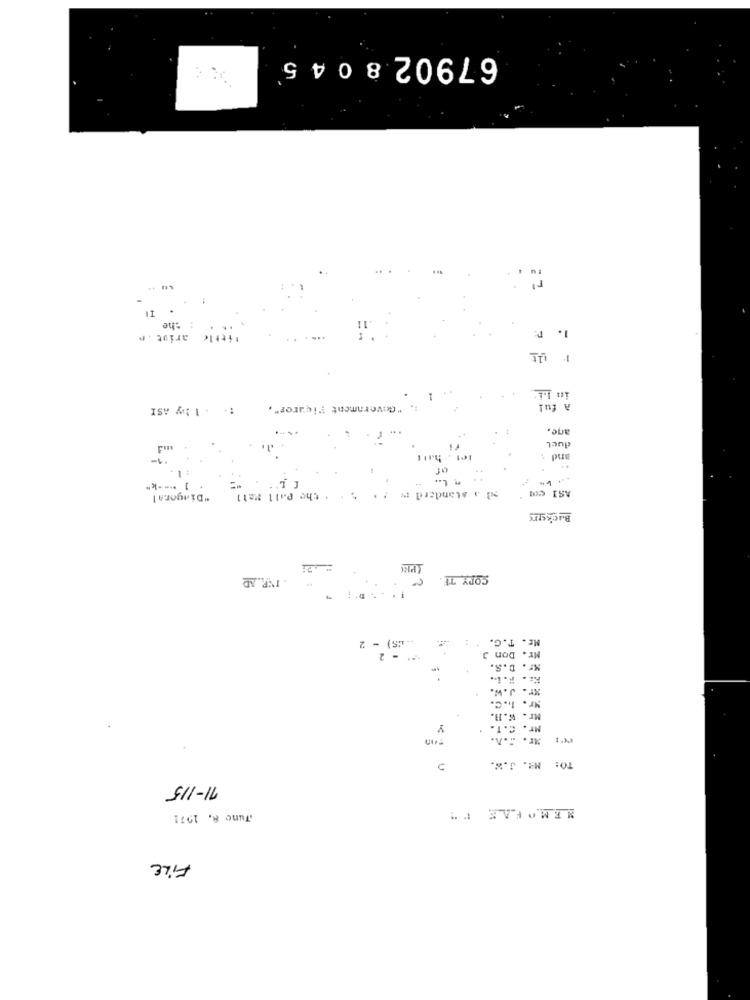
67902 8045
: 7
: the
1. :
arist . f
little
in 1.1.
:: : 1 by ASI
. "Government Piqures",
A ful
age,
uel
"1"
and >
ASI cm
-
"Dingoral
. the Pall Mall
2 . standard
Bucker
. INP.AD
COPY TE
ME. T.G. :
2
- 2
Mr. Don J
Mr. D.S.
xr. J.W.
Nr. I.C.
Mr. W.11.
Y
Mr. C.T.
ar. ....
TO: MR. J.W.
71-115
MEMOFAE ""
Tune 8, 1971
FILE